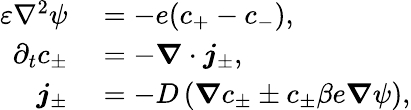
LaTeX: \begin{array}{rl}{\varepsilon\nabla^{2}\psi}&{{}=-e(c_{+}-c_{-}),}\\ {\partial_{t}c_{\pm}}&{{}=-\boldsymbol{\nabla}\cdot\boldsymbol{j}_{\pm},}\\ {\boldsymbol{j}_{\pm}}&{{}=-D\left(\boldsymbol{\nabla}c_{\pm}\pm c_{\pm}\beta e\boldsymbol{\nabla}\psi\right),}\end{array}